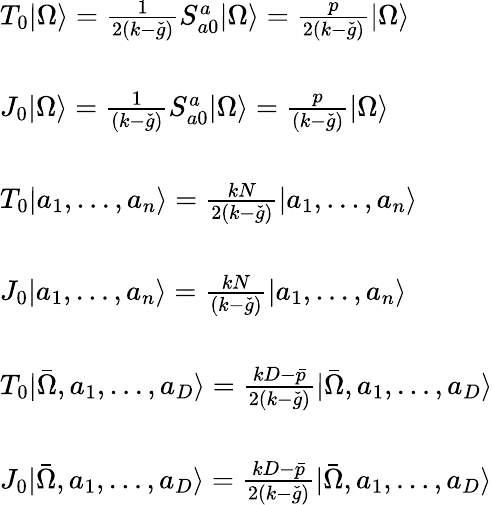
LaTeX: \begin{array}{l}{{T_{0}|\Omega\rangle=\frac{1}{2(k-\check{g})}S_{a0}^{a}|\Omega\rangle=\frac{p}{2(k-\check{g})}|\Omega\rangle}}\\ {{\ }}\\ {{J_{0}|\Omega\rangle=\frac{1}{(k-\check{g})}S_{a0}^{a}|\Omega\rangle=\frac{p}{(k-\check{g})}|\Omega\rangle}}\\ {{\ }}\\ {{T_{0}|a_{1},\ldots,a_{n}\rangle=\frac{kN}{2(k-\check{g})}|a_{1},\ldots,a_{n}\rangle}}\\ {{\ }}\\ {{J_{0}|a_{1},\ldots,a_{n}\rangle=\frac{kN}{(k-\check{g})}|a_{1},\ldots,a_{n}\rangle}}\\ {{\ }}\\ {{T_{0}|\bar{\Omega},a_{1},\ldots,a_{D}\rangle=\frac{kD-\bar{p}}{2(k-\check{g})}|\bar{\Omega},a_{1},\ldots,a_{D}\rangle}}\\ {{\ }}\\ {{J_{0}|\bar{\Omega},a_{1},\ldots,a_{D}\rangle=\frac{kD-\bar{p}}{2(k-\check{g})}|\bar{\Omega},a_{1},\ldots,a_{D}\rangle}}\end{array}